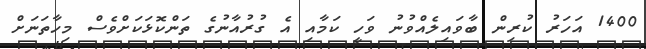
1400 އަހަރު ކުރިން ބާވައިލެއްވުނު ވަހީ ކަމާއި އެ ގުރުއާނުގެ ތަންކޮޅަކަށްވެސް މިހާތަނަށް